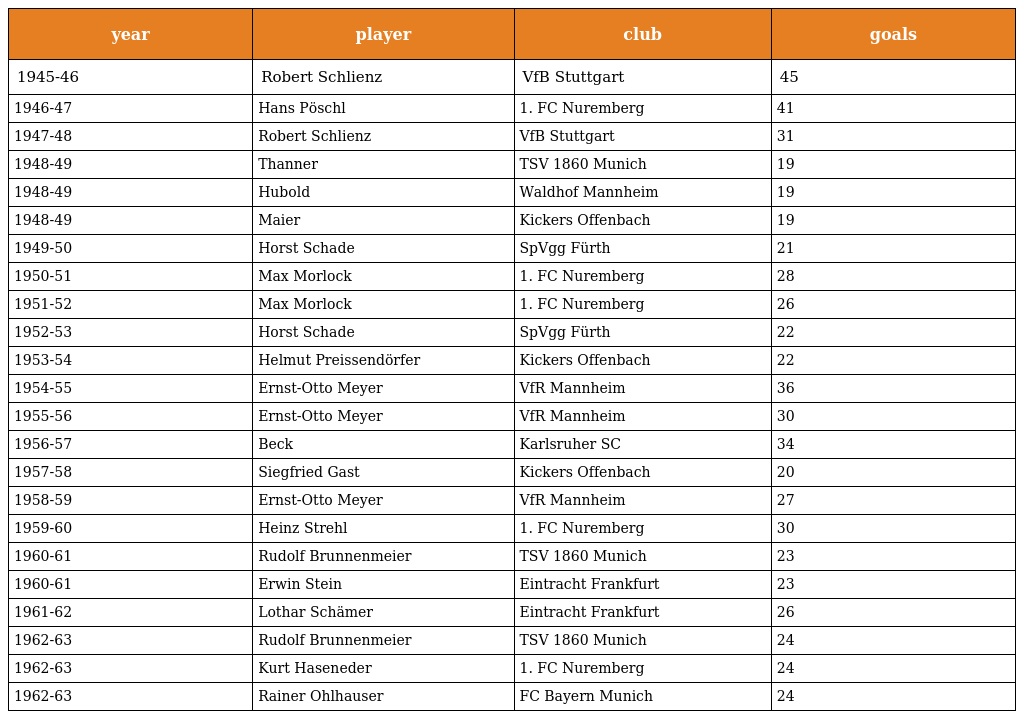
| year | player | club | goals |
 | --- | --- | --- | --- |
 | 1945-46 | Robert Schlienz | VfB Stuttgart | 45 |
 | 1946-47 | Hans Pöschl | 1. FC Nuremberg | 41 |
 | 1947-48 | Robert Schlienz | VfB Stuttgart | 31 |
 | 1948-49 | Thanner | TSV 1860 Munich | 19 |
 | 1948-49 | Hubold | Waldhof Mannheim | 19 |
 | 1948-49 | Maier | Kickers Offenbach | 19 |
 | 1949-50 | Horst Schade | SpVgg Fürth | 21 |
 | 1950-51 | Max Morlock | 1. FC Nuremberg | 28 |
 | 1951-52 | Max Morlock | 1. FC Nuremberg | 26 |
 | 1952-53 | Horst Schade | SpVgg Fürth | 22 |
 | 1953-54 | Helmut Preissendörfer | Kickers Offenbach | 22 |
 | 1954-55 | Ernst-Otto Meyer | VfR Mannheim | 36 |
 | 1955-56 | Ernst-Otto Meyer | VfR Mannheim | 30 |
 | 1956-57 | Beck | Karlsruher SC | 34 |
 | 1957-58 | Siegfried Gast | Kickers Offenbach | 20 |
 | 1958-59 | Ernst-Otto Meyer | VfR Mannheim | 27 |
 | 1959-60 | Heinz Strehl | 1. FC Nuremberg | 30 |
 | 1960-61 | Rudolf Brunnenmeier | TSV 1860 Munich | 23 |
 | 1960-61 | Erwin Stein | Eintracht Frankfurt | 23 |
 | 1961-62 | Lothar Schämer | Eintracht Frankfurt | 26 |
 | 1962-63 | Rudolf Brunnenmeier | TSV 1860 Munich | 24 |
 | 1962-63 | Kurt Haseneder | 1. FC Nuremberg | 24 |
 | 1962-63 | Rainer Ohlhauser | FC Bayern Munich | 24 |